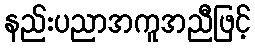
နည်းပညာအကူအညီဖြင့်